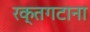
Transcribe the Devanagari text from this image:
रक्तगटाना